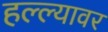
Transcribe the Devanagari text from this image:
हल्ल्यावर